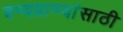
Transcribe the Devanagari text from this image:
वन्यप्राण्यांसाठी